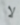
لا